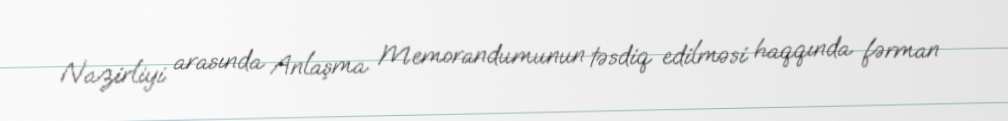
Nazirliyi arasında Anlaşma Memorandumunun təsdiq edilməsi haqqında fərman